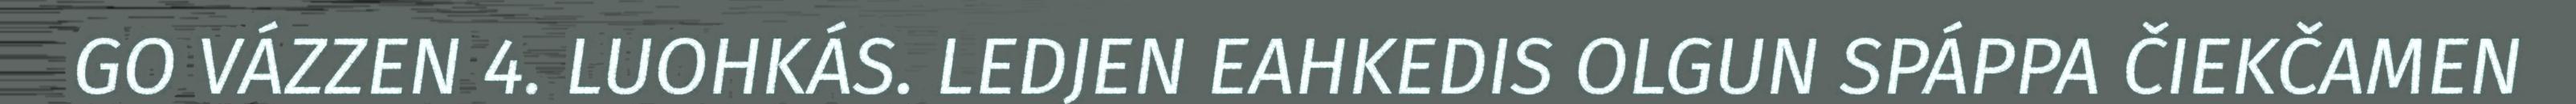
GO VÁZZEN 4. LUOHKÁS. LEDJEN EAHKEDIS OLGUN SPÁPPA ČIEKČAMEN